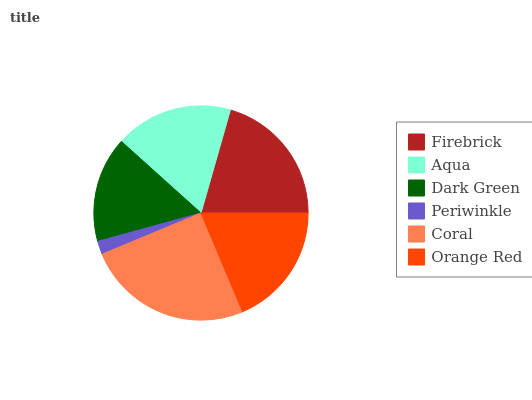
| Firebrick | Aqua | Dark Green | Periwinkle | Coral | Orange Red |
 | --- | --- | --- | --- | --- | --- |
 | 20.6% | 17.8% | 15.9% | 2.02% | 25% | 18.6% |